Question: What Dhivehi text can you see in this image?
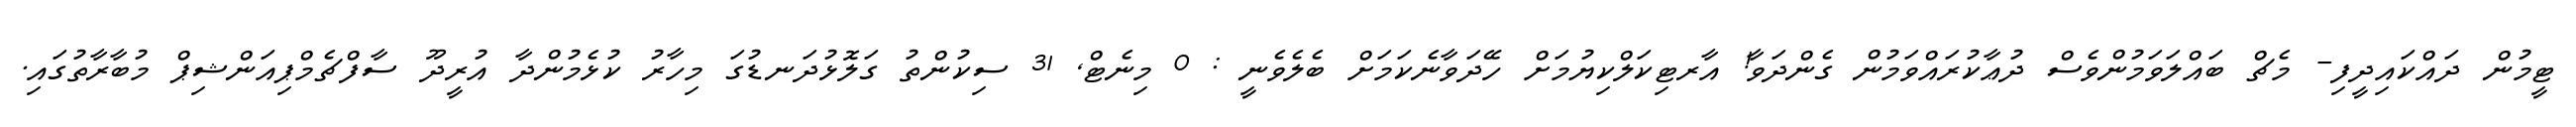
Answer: ޓީމުން ދައްކައިދީފި- މެޗް ބައްލަވަމުންވެސް ދުޢާކުރައްވަމުން ގެންދަވާ! އާރޓިކަލްކިޔުމަށް ހޭދަވާނެކަމަށް ބެލެވެނީ : 0 މިނެޓް, 31 ސިކުންތު ގަލޮޅުދަނޑުގަ މިހާރު ކުޅެމުންދާ އުރީދޫ ސާފްޗެމްޕިއަންޝިޕް މުބާރާތުގައި.